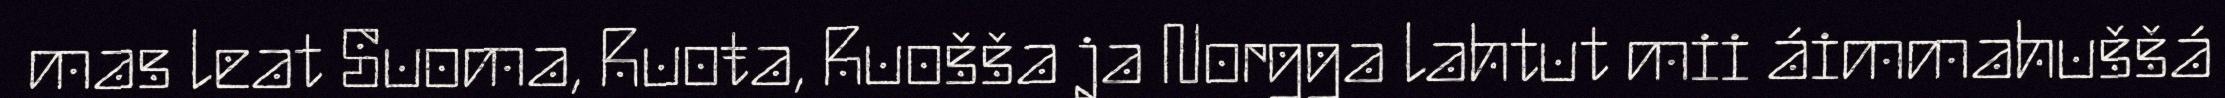
mas leat Suoma, Ruoŧa, Ruošša ja Norgga lahtut mii áimmahuššá